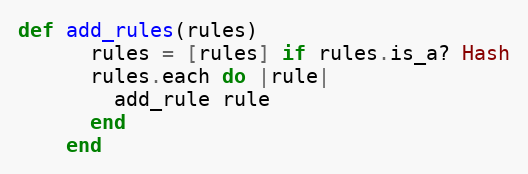
Language: Ruby
def add_rules(rules)
      rules = [rules] if rules.is_a? Hash
      rules.each do |rule|
        add_rule rule
      end
    end